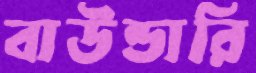
বাউন্ডারি